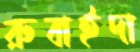
রুবাইদা